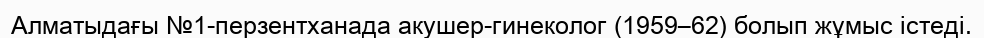
Алматыдағы №1-перзентханада акушер-гинеколог (1959–62) болып жұмыс істеді.